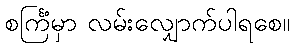
စင်္ကြံမှာ လမ်းလျှောက်ပါရစေ။